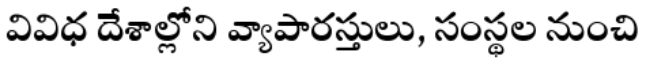
వివిధ దేశాల్లోని వ్యాపారస్తులు, సంస్థల నుంచి